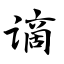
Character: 谪